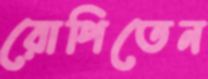
রোপিতেন